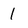
Character: 1